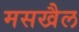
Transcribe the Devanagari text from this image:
मसखैल